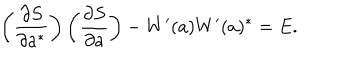
\left( \frac { \partial S } { \partial a ^ { \ast } } \right) \left( \frac { \partial S } { \partial a } \right) - W ^ { \prime } ( a ) W ^ { \prime } ( a ) ^ { \ast } = E .